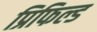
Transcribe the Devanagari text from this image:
प्रिफिल्ड